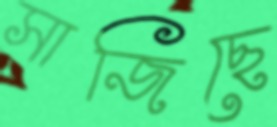
সাজিছে